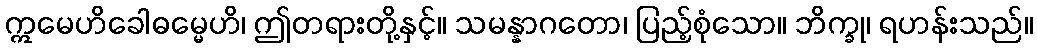
ဣမေဟိခေါဓမ္မေဟိ၊ ဤတရားတို့နှင့်။ သမန္နာဂတော၊ ပြည့်စုံသော။ ဘိက္ခု၊ ရဟန်းသည်။